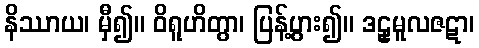
နိဿာယ၊ မှီ၍။ ဝိရူဟိတွာ၊ ပြန့်ပွား၍။ ဒဠှမူလဇဋာ၊